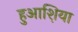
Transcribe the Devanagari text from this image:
हुआश़िया